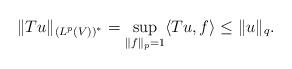
LaTeX: \begin{align*}\|Tu\|_{(L^p(V))^\ast}=\sup_{\|f\|_p= 1}\langle Tu,f\rangle\leq \|u\|_q.\end{align*}